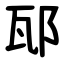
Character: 邷